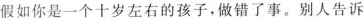
假如你是一个十岁左右的孩子，做错了事。别人告诉